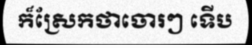
ក៏ស្រែកថាចោរៗ ទើប